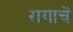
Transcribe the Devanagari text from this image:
रागाचें